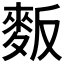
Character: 𪌆